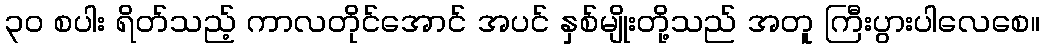
၃၀ စပါး ရိတ်သည့် ကာလတိုင်အောင် အပင် နှစ်မျိုးတို့သည် အတူ ကြီးပွားပါလေစေ။